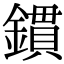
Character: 鏆